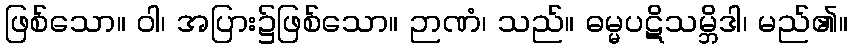
ဖြစ်သော။ ဝါ၊ အပြား၌ဖြစ်သော။ ဉာဏံ၊ သည်။ ဓမ္မပဋိသမ္ဘိဒါ၊ မည်၏။